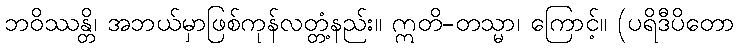
ဘဝိဿန္တိ၊ အဘယ်မှာဖြစ်ကုန်လတ္တံ့နည်း။ ဣတိ-တသ္မာ၊ ကြောင့်။ (ပရိဒီပိတော